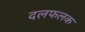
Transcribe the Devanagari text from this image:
दलफलक